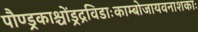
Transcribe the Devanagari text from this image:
पौण्ड्रकाश्चोंड्रद्रविडाःकाम्बोजायवनाशकाः